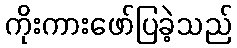
ကိုးကားဖော်ပြခဲ့သည်